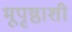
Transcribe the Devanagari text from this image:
भूपृष्ठाशी